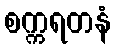
စက္ကရတနံ